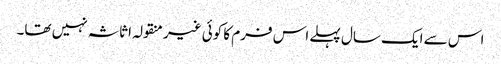
اس سے ایک سال پہلے اس فرم کا کوئی غیر منقولہ اثاثہ نہیں تھا۔